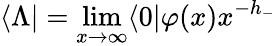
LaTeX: \langle\Lambda|=\operatorname*{lim}_{x\rightarrow\infty}\langle 0|\varphi(x)x^{-h_{-}}